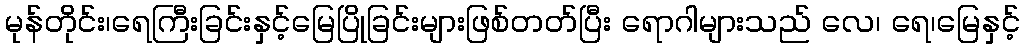
မုန်တိုင်း၊ရေကြီးခြင်းနှင့်မြေပြိုခြင်းများဖြစ်တတ်ပြီး ရောဂါများသည် လေ၊ ရေ၊မြေနှင့်